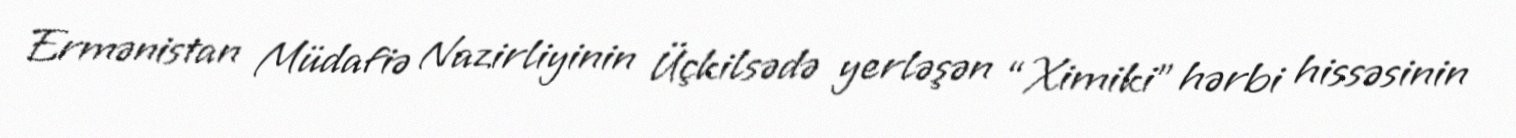
Ermənistan Müdafiə Nazirliyinin Üçkilsədə yerləşən “Ximiki” hərbi hissəsinin